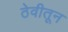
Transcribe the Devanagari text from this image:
ठेवीतून